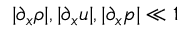
| \partial _ { x } \rho | , | \partial _ { x } u | , | \partial _ { x } p | \ll 1